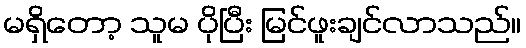
မရှိတော့ သူမ ပိုပြီး မြင်ဖူးချင်လာသည်။